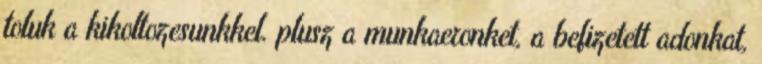
toluk a kikoltozesunkkel. plusz a munkaeronket, a befizetett adonkat,